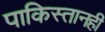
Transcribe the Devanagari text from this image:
पाकिस्तानही